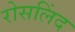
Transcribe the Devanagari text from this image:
रोसलिंद